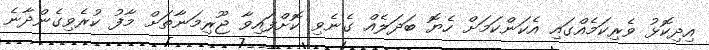
އިދިކޮޅު ވެރިކަމެއްގައި އެކަންކަމަށް ހެޔޮ ބަދަލެއް ގެނެވި ކޮށްފައިވާ ޖޫރިމަނާތަށް މާފު ކުރެވިގެންދާނެ